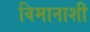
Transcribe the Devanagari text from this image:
विमानाशी